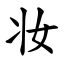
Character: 妆